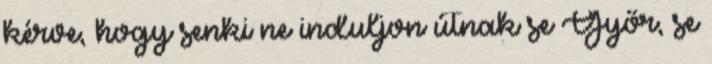
kérve, hogy senki ne induljon útnak se Győr, se